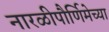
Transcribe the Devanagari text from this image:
नारळीपौर्णिमेच्या